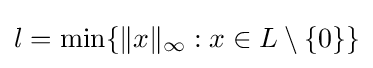
{\textstyle l=\min\{\|x\|_{\infty }:x\in L\setminus \{0\}\}}